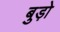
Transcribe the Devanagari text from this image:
बुड़ो